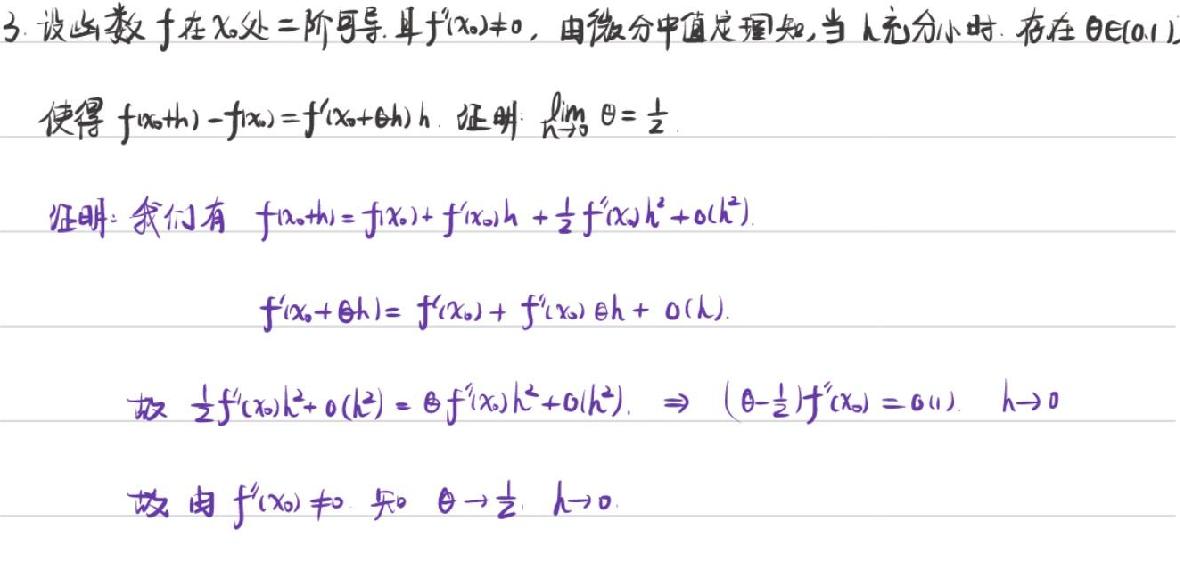
 3. 设函数\( f(x) \)在\( x_0 \)处二阶可导, 且\( f''(x_0)\neq 0, \)由微分中值定理知, 当 h 充分小时, 存在\( \theta\in(0,1), \)\\
使得\( f(x_0 + h)-f(x_0)=f'(x_0+\theta h)h. \)证明\( \lim\limits_{h\to0}\theta=\frac{1}{2}.\)\\
证明: 我们有 \\
\[f(x_0 + h)=f(x_0)+f'(x_0)h+\frac{1}{2}f''(x_0+\theta h)h^2 + o(h^2)\]\\
\[f(x_0+\theta h)=f(x_0)+f'(x_0)\theta h + o(h)\]\\
故\( \frac{1}{2}f''(x_0+\theta h)h^2 + o(h^2)=\theta f''(x_0)h + o(h)\Rightarrow (\theta-\frac{1}{2})f''(x_0)=o(1)\ (h\to0)\)\\
故由\( f''(x_0)\neq 0 \)知\( \theta\to\frac{1}{2}\ (h\to0).\)